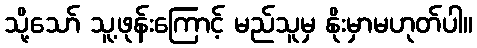
သို့သော် သူ့ဖုန်းကြောင့် မည်သူမှ နိုးမှာမဟုတ်ပါ။